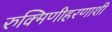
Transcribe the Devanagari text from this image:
रुक्मिणीहरणाशी